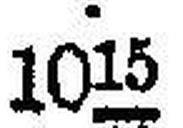
1015